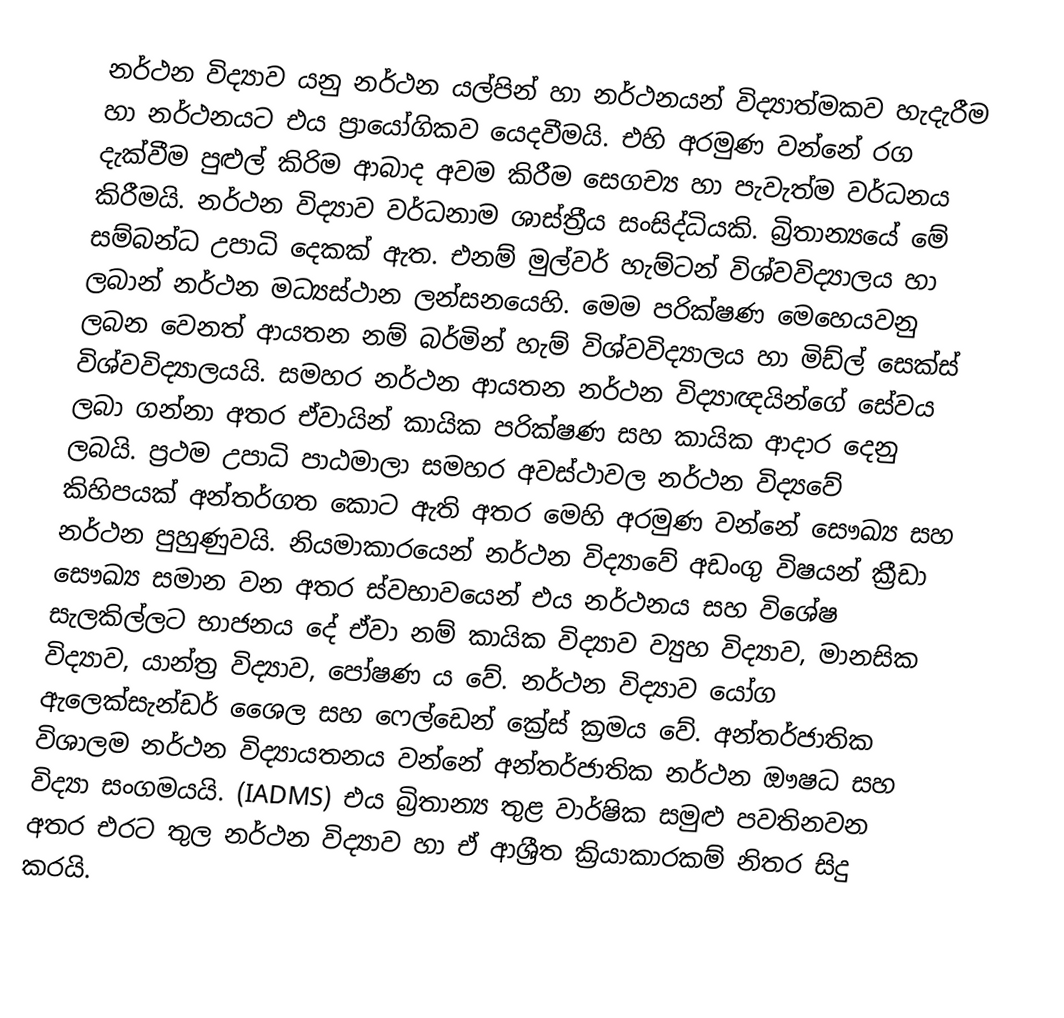
නර්ථන විද්‍යාව යනු නර්ථන යල්පින් හා නර්ථනයන් විද්‍යාත්මකව හැදැරීම හා නර්ථනයට එය ප්‍රායෝගිකව යෙදවීමයි. එහි අරමුණ වන්නේ රග දැක්වීම පුළුල් කිරිම ආබාද අවම කිරීම සෙගච්‍ය හා පැවැත්ම වර්ධනය කිරීමයි. නර්ථන විද්‍යාව වර්ධනාම ශාස්ත්‍රීය සංසිද්ධියකි. බ්‍රිතාන්‍යයේ මේ සම්බන්ධ උපාධි දෙකක් ඇත. එනම් මුල්වර් හැම්ටන් විශ්වවිද්‍යාලය හා ලබාන් නර්ථන මධ්‍යස්ථාන ලන්සනයෙහි. මෙම පරික්ෂණ මෙහෙයවනු ලබන වෙනත් ආයතන නම් බර්මින් හැම් විශ්වවිද්‍යාලය හා මිඩ්ල් සෙක්ස් විශ්වවිද්‍යාලයයි. සමහර නර්ථන ආයතන නර්ථන විද්‍යාඥයින්ගේ සේවය ලබා ගන්නා අතර ඒවායින් කායික පරික්ෂණ සහ කායික ආදාර දෙනු ලබයි. ප්‍රථම උපාධි පාඨමාලා සමහර අවස්ථාවල නර්ථන විද්‍යවේ කිහිපයක් අන්තර්ගත කොට ඇති අතර මෙහි අරමුණ වන්නේ සෞඛ්‍ය සහ නර්ථන පුහුණුවයි. නියමාකාරයෙන් නර්ථන විද්‍යාවේ අඩංගු විෂයන් ක්‍රීඩා ‍‍සෞඛ්‍ය සමාන වන අතර ස්වභාවයෙන් එය නර්ථනය සහ විශේෂ සැලකිල්ලට භාජනය දේ ඒවා නම් කායික ‍විද්‍යාව ව්‍යුහ විද්‍යාව, මානසික විද්‍යාව, යාන්ත්‍ර විද්‍යාව, පෝෂණ ය වේ. නර්ථන විද්‍යාව යෝග ඇලෙක්සැන්ඩර් ශෛල සහ ෆෙල්ඩෙන් ක්‍රේස් ක්‍රමය වේ. අන්තර්ජාතික විශාලම නර්ථන විද්‍යායතනය වන්නේ අන්තර්ජාතික නර්ථන ඖෂධ සහ විද්‍යා සංගමයයි. (IADMS) එය බ්‍රිතාන්‍ය තුළ වාර්ෂික සමුළු පවතිනවන අතර එරට තුල නර්ථන විද්‍යාව හා ඒ ආශ්‍රීත ක්‍රියාකාරකම් නිතර සිදු කරයි.